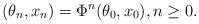
\begin{align*}(\theta_n, x_n) = \Phi^n(\theta_0, x_0), n \geq 0.\end{align*}